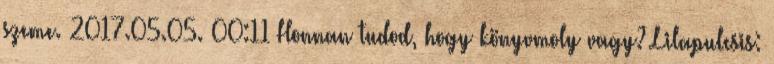
szeme. 2017.05.05. 00:11 Honnan tudod, hogy könyvmoly vagy? Lilapulcsis: